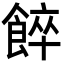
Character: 𩜘